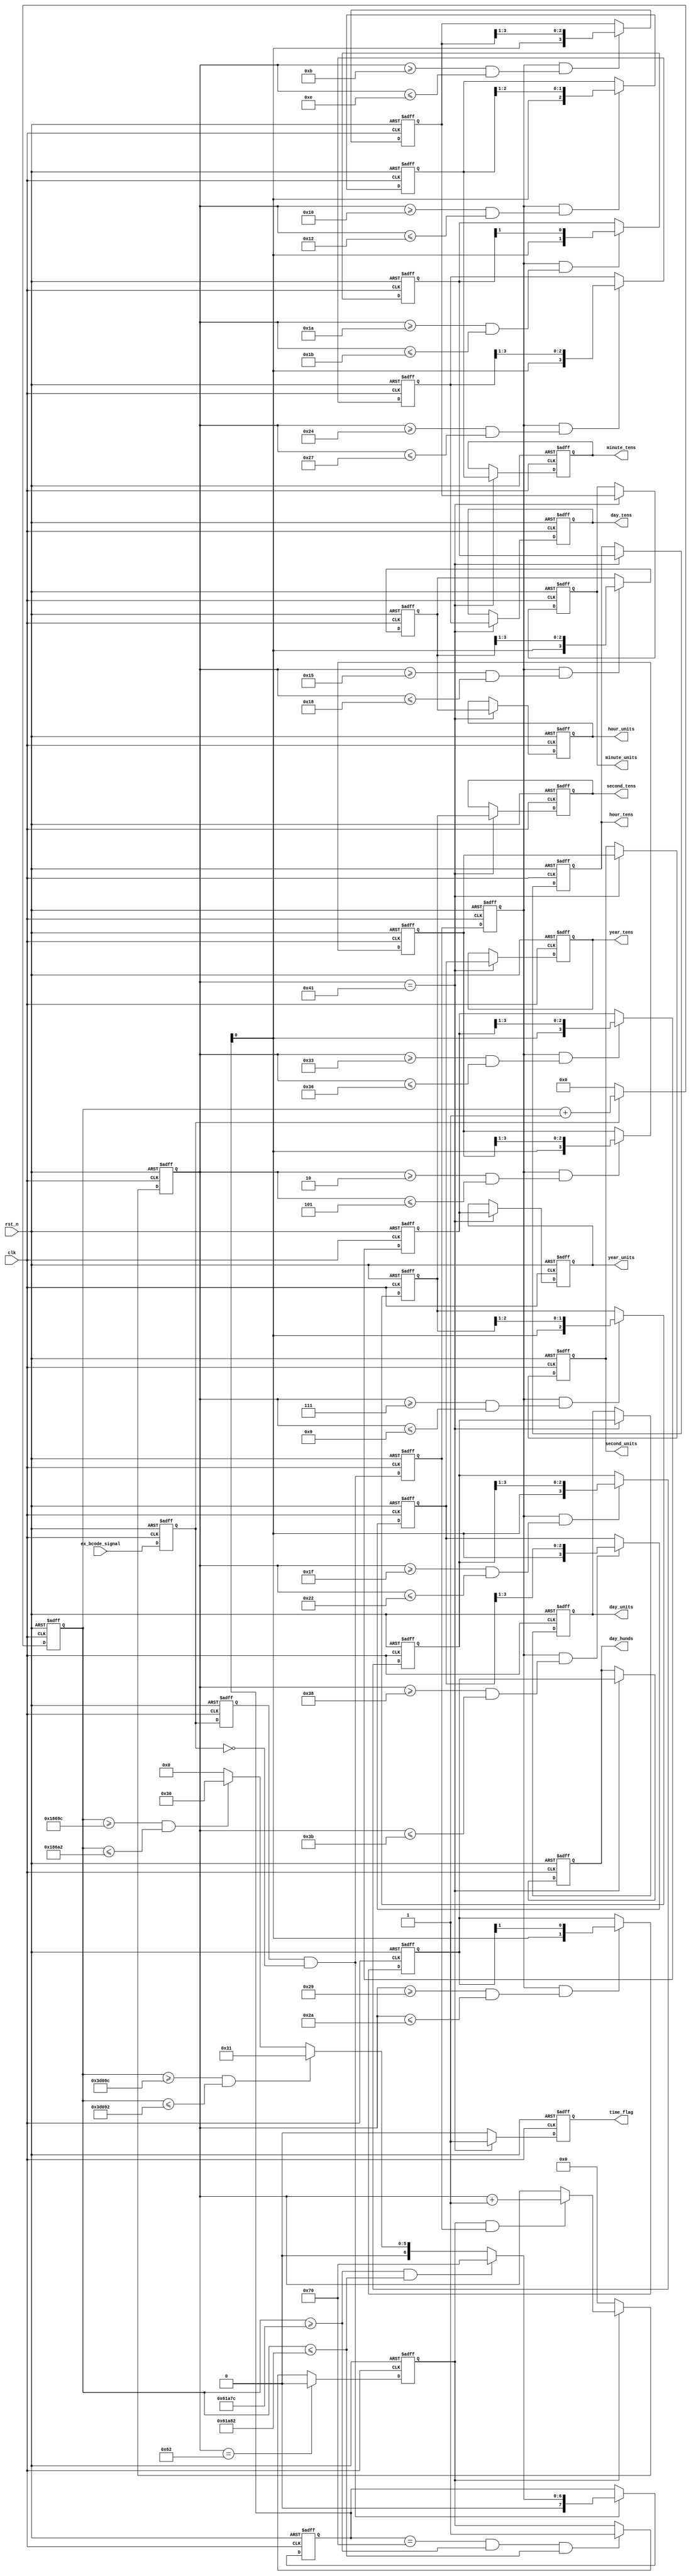
module IRIG_Parse
#(
	parameter bcode_0_flag = 24'd99_999,
	parameter bcode_1_flag = 24'd249_999,
	parameter bcode_p_flag = 24'd399_999
)
(
	input clk,
	input rst_n,
	input ex_bcode_signal,
	output reg [3:0] second_units,
	output reg [2:0] second_tens,
	output reg [3:0] minute_units,
	output reg [2:0] minute_tens,
	output reg [3:0] hour_units,
	output reg [1:0] hour_tens,
	output reg [3:0] day_units,
	output reg [3:0] day_tens,
	output reg [1:0] day_hunds,
	output reg [3:0] year_units,
	output reg [3:0] year_tens,
	output reg time_flag
);

	reg [3:0] second_units_temp;
	reg [2:0] second_tens_temp;
	reg [3:0] minute_units_temp;
	reg [2:0] minute_tens_temp;
	reg [3:0] hour_units_temp;
	reg [1:0] hour_tens_temp;
	reg [3:0] day_units_temp;
	reg [3:0] day_tens_temp;
	reg [1:0] day_hunds_temp;
	reg [3:0] year_units_temp;
	reg [3:0] year_tens_temp;

	/*1 "P"
	2 
	3 
	4 */

	/**/
	reg ex_bcode_signal_clap_1;
	always @(posedge clk or negedge rst_n) begin
		if(~rst_n) begin
			ex_bcode_signal_clap_1 <= 1'd0;
		end else begin
			ex_bcode_signal_clap_1 <= ex_bcode_signal;
		end
	end

	reg ex_bcode_signal_clap_2;
	always @(posedge clk or negedge rst_n) begin
		if(~rst_n) begin
			ex_bcode_signal_clap_2 <= 1'd0;
		end else begin
			ex_bcode_signal_clap_2 <= ex_bcode_signal_clap_1;
		end
	end

	/*clk*/
	wire sig_rise_det;
	wire sig_fall_det;
	assign sig_rise_det = ex_bcode_signal_clap_1 && !ex_bcode_signal_clap_2;
	assign sig_fall_det = ex_bcode_signal_clap_2 && !ex_bcode_signal_clap_1;

	/*sig_fall_det*/
	reg sig_fall_det_2;
	reg sig_fall_det_3;
	always @(posedge clk or negedge rst_n) begin
		if(~rst_n) begin
			sig_fall_det_2 <= 1'd0;
			sig_fall_det_3 <= 1'd0;
		end else begin
			sig_fall_det_2 <= sig_fall_det;
			sig_fall_det_3 <= sig_fall_det_2;
		end
	end

	/*"P"*/
	reg [7:0] bcode_latch;
	reg start_flag;

	/**/
	reg [23:0] cnt;
	always @(posedge clk or negedge rst_n) begin
		if(~rst_n) begin
			cnt <= 24'd0;
		end else if(ex_bcode_signal_clap_1) begin
			cnt <= cnt + 24'd1;
		end else begin
			cnt <= 24'd0;
		end
	end


	always @(posedge clk or negedge rst_n) begin
		if(~rst_n) begin
			bcode_latch <= 8'd0;
		end else if(sig_fall_det) begin
			// case(cnt) 
			// 	bcode_0_flag : bcode_latch <= 8'd48;
			// 	bcode_1_flag : bcode_latch <= 8'd49;
			// 	bcode_p_flag : bcode_latch <= 8'd112;
			// 	default : bcode_latch <= 8'd0;
			// endcase

			//
			if(cnt >= bcode_p_flag - 24'd3 && cnt <= bcode_p_flag + 24'd3) begin
				bcode_latch <= 8'd112;
			end else if(cnt >= bcode_1_flag - 24'd3 && cnt <= bcode_1_flag + 24'd3) begin
				bcode_latch <= 8'd49;
			end else if(cnt >= bcode_0_flag - 24'd3 && cnt <= bcode_0_flag + 24'd3) begin
				bcode_latch <= 8'd48;
			end else begin
				bcode_latch <= 8'd0;
			end

		end else begin
			bcode_latch <= bcode_latch;
		end
	end

	/**/
	reg [7:0] cnt_100;
	always @(posedge clk or negedge rst_n) begin
		if(~rst_n) begin
			start_flag <= 1'd0;
		end else if(cnt_100 == 8'd98) begin
			start_flag <= 1'd0;
		end else if(bcode_latch == 8'd112 && cnt >= bcode_p_flag - 24'd3 && cnt <= bcode_p_flag + 24'd3) begin
			start_flag <= 1'd1;
		end else begin
			start_flag <= start_flag;
		end
	end

	/**/
	always @(posedge clk or negedge rst_n) begin
		if(~rst_n) begin
			cnt_100 <= 8'd0;
		end else if(!start_flag) begin
			cnt_100 <= 8'd0;
		end else if(start_flag == 1'd1 && sig_fall_det_2) begin
			cnt_100 <= cnt_100 + 8'd1;
		end else begin
			cnt_100 <= cnt_100;
		end
	end

	/**/
	/**/
	always @(posedge clk or negedge rst_n) begin 
		if(~rst_n) begin
			second_units_temp <= 4'd0;
		end else if(sig_fall_det_3 && (cnt_100 >= 8'd2 && cnt_100 <= 8'd5)) begin
			second_units_temp <= {bcode_latch,{second_units_temp[3:1]}};
		end else begin
			second_units_temp <= second_units_temp;
		end
	end

	/**/
	always @(posedge clk or negedge rst_n) begin 
		if(~rst_n) begin
			second_tens_temp <= 3'd0;
		end else if(sig_fall_det_3 && (cnt_100 >= 8'd7 && cnt_100 <= 8'd9)) begin
			second_tens_temp <= {bcode_latch,{second_tens_temp[2:1]}};
		end else begin
			second_tens_temp <= second_tens_temp;
		end
	end

	/**/
	always @(posedge clk or negedge rst_n) begin 
		if(~rst_n) begin
			minute_units_temp <= 4'd0;
		end else if(sig_fall_det_3 && (cnt_100 >= 8'd11 && cnt_100 <= 8'd14)) begin
			minute_units_temp <= {bcode_latch,{minute_units_temp[3:1]}};
		end else begin
			minute_units_temp <= minute_units_temp;
		end
	end
	
	/**/
	always @(posedge clk or negedge rst_n) begin 
		if(~rst_n) begin
			minute_tens_temp <= 3'd0;
		end else if(sig_fall_det_3 && (cnt_100 >= 8'd16 && cnt_100 <= 8'd18)) begin
			minute_tens_temp <= {bcode_latch,{minute_tens_temp[2:1]}};
		end else begin
			minute_tens_temp <= minute_tens_temp;
		end
	end

	/**/
	always @(posedge clk or negedge rst_n) begin 
		if(~rst_n) begin
			hour_units_temp <= 4'd0;
		end else if(sig_fall_det_3 && (cnt_100 >= 8'd21 && cnt_100 <= 8'd24)) begin
			hour_units_temp <= {bcode_latch,{hour_units_temp[3:1]}};
		end else begin
			hour_units_temp <= hour_units_temp;
		end
	end

	/**/
	always @(posedge clk or negedge rst_n) begin 
		if(~rst_n) begin
			hour_tens_temp <= 2'd0;
		end else if(sig_fall_det_3 && (cnt_100 >= 8'd26 && cnt_100 <= 8'd27)) begin
			hour_tens_temp <= {bcode_latch,{hour_tens_temp[1]}};
		end else begin
			hour_tens_temp <= hour_tens_temp;
		end
	end

	/**/
	always @(posedge clk or negedge rst_n) begin 
		if(~rst_n) begin
			day_units_temp <= 4'd0;
		end else if(sig_fall_det_3 && (cnt_100 >= 8'd31 && cnt_100 <= 8'd34)) begin
			day_units_temp <= {bcode_latch,{day_units_temp[3:1]}};
		end else begin
			day_units_temp <= day_units_temp;
		end
	end

	/**/
	always @(posedge clk or negedge rst_n) begin 
		if(~rst_n) begin
			day_tens_temp <= 4'd0;
		end else if(sig_fall_det_3 && (cnt_100 >= 8'd36 && cnt_100 <= 8'd39)) begin
			day_tens_temp <= {bcode_latch,{day_tens_temp[3:1]}};
		end else begin
			day_tens_temp <= day_tens_temp;
		end
	end

	/**/
	always @(posedge clk or negedge rst_n) begin 
		if(~rst_n) begin
			day_hunds_temp <= 2'd0;
		end else if(sig_fall_det_3 && (cnt_100 >= 8'd41 && cnt_100 <= 8'd42)) begin
			day_hunds_temp <= {bcode_latch,{day_hunds_temp[1]}};
		end else begin
			day_hunds_temp <= day_hunds_temp;
		end
	end

	/**/
	always @(posedge clk or negedge rst_n) begin 
		if(~rst_n) begin
			year_units_temp <= 4'd0;
		end else if(sig_fall_det_3 && (cnt_100 >= 8'd51 && cnt_100 <= 8'd54)) begin
			year_units_temp <= {bcode_latch,{year_units_temp[3:1]}};
		end else begin
			year_units_temp <= year_units_temp;
		end
	end

	/**/
	always @(posedge clk or negedge rst_n) begin 
		if(~rst_n) begin
			year_tens_temp <= 4'd0;
		end else if(sig_fall_det_3 && (cnt_100 >= 8'd56 && cnt_100 <= 8'd59)) begin
			year_tens_temp <= {bcode_latch,{year_tens_temp[3:1]}};
		end else begin
			year_tens_temp <= year_tens_temp;
		end
	end


	/*65*/
	always @(posedge clk or negedge rst_n) begin
		if(~rst_n) begin
			second_units <= 4'd0;
			second_tens <= 3'd0;
			minute_units <= 4'd0;
			minute_tens <= 3'd0;
			hour_units <= 4'd0;
			hour_tens <= 2'd0;
			day_units <= 4'd0;
			day_tens <= 4'd0;
			day_hunds <= 2'd0;
			year_units <= 4'd0;
			year_tens <= 4'd0;
		end else if(cnt_100 == 8'd65) begin
			second_units <= second_units_temp;
			second_tens <= second_tens_temp;
			minute_units <= minute_units_temp;
			minute_tens <= minute_tens_temp;
			hour_units <= hour_units_temp;
			hour_tens <= hour_tens_temp;
			day_units <= day_units_temp;
			day_tens <= day_tens_temp;
			day_hunds <= day_hunds_temp;
			year_units <= year_units_temp;
			year_tens <= year_tens_temp;
		end else begin
			second_units <= second_units;
			second_tens <= second_tens;
			minute_units <= minute_units;
			minute_tens <= minute_tens;
			hour_units <= hour_units;
			hour_tens <= hour_tens;
			day_units <= day_units;
			day_tens <= day_tens;
			day_hunds <= day_hunds;
			year_units <= year_units;
			year_tens <= year_tens;
		end
	end

	/*output time_flag*/
	always @(posedge clk or negedge rst_n) begin
		if(~rst_n) begin
			time_flag <= 1'd0;
		end else if(cnt_100 == 8'd65) begin
			time_flag <= 1'd1;
		end else begin
			time_flag <= 1'd0;
		end
	end
	
endmodule